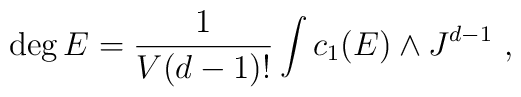
\deg E = \frac{1}{V(d-1)!} \int c_1(E) \wedge J^{d-1} \ ,